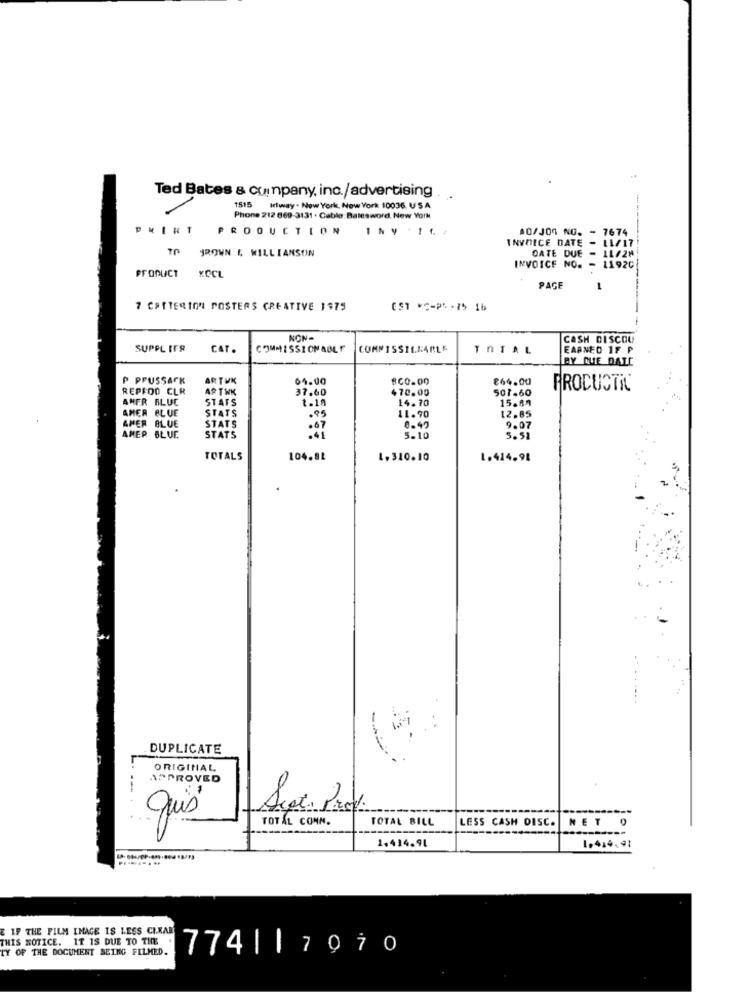
Ted Bates & company, inc./advertising
1515
Iciway - New York, New York 10036. USA
Phone 212 669-3131 . Cable: Batesword, New York
PKIRT
PRODUCTION
80/JO NO.
674
INVOICE DATE
/17
JROWN & KILLIANSON
DATE DUE
12H
INVOICE NO. - 11920
PRODUCT KOCL
PAGE
7 CRITERION POSTERS CREATIVE 1475
EST *C-PL-7 16
NON -
CASH DISCOU
SUPPL IFR
CAT.
COMMISSIONABLE
COMMISSIL.MARLE
TOTAL
EARNED 1F P
BY QUE DATE
P PFUSSACK
ARTUK
04.00
860.00
€64.00
REPFOD CLR
ARTWK
37.60
470.00
501.60
PRODUCTIL
ANFR BLUC
STATS
1.18
14.70
15.87
AMER BLUE
STATS
.95
11.90
STATS
12.85
AMER BLUE
.67
0.40
9.07
AMER BLUE
STATS
.41
5.10
TOTALS
104.88
1.310.10
1.414.91
DUPLICATE
ORIGINAL
APPROVED
----
.-. ..
quis
TOTAL COMM.
TOTAL BILL
LESS CASH DISC. NET O
1.414.91
1.414.91
E IF THE FILM IMAGE IS LESS CIKAR
THIS NOTICE. IT IS DUE TO THE
TY OF THE DOCUMENT BEING FILMED.
774||7970